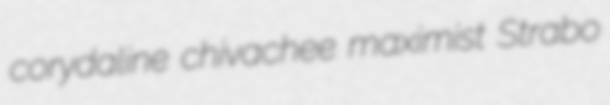
corydaline chivachee maximist Strabo